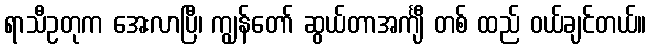
ရာသီဥတုက အေးလာပြီ၊ ကျွန်တော် ဆွယ်တာအင်္ကျီ တစ် ထည် ဝယ်ချင်တယ်။